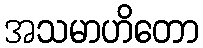
အသမာဟိတော